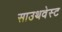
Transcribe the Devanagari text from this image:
साउथवेस्‍ट